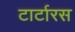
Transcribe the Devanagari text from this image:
टार्टारस